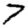
Digit: 7